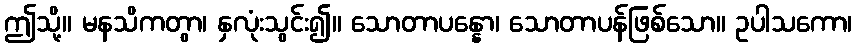
ဤသို့။ မနသိကတွာ၊ နှလုံးသွင်း၍။ သောတာပန္နော၊ သောတာပန်ဖြစ်သော။ ဥပါသကော၊